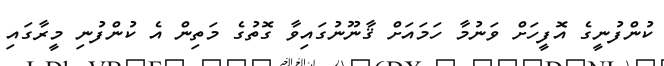
ކުންފުނީގެ އޮފީހަށް ވަނުމާ ހަމައަށް ޤާނޫނުގައިވާ ގޮތުގެ މަތިން އެ ކުންފުނި މީރާގައި